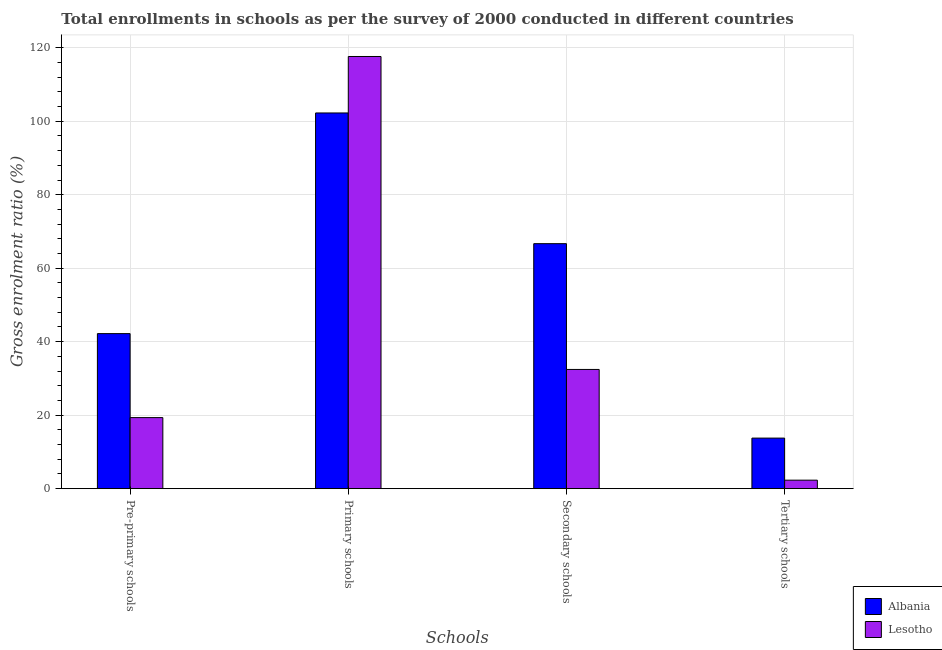
| Schools | Albania | Lesotho |
 | --- | --- | --- |
 | Pre-primary schools | 42.2 | 19.3 |
 | Primary schools | 102 | 118 |
 | Secondary schools | 66.7 | 32.4 |
 | Tertiary schools | 13.8 | 2.31 |